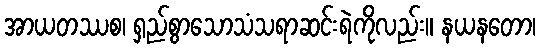
အာယတဿစ၊ ရှည်စွာသောသံသရာဆင်းရဲကိုလည်း။ နယနတော၊